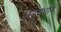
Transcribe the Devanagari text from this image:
अनुसंधान